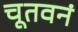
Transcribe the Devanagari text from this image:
चूतवनं